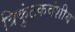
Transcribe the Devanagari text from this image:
त्रिकुंटकवंशीय